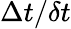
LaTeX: \Delta t/\delta t